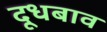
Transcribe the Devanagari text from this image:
दूधबाव